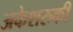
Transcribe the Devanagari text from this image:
अकेशरुकी